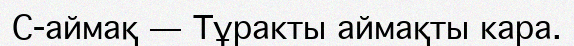
С-аймақ — Тұракты аймақты кара.